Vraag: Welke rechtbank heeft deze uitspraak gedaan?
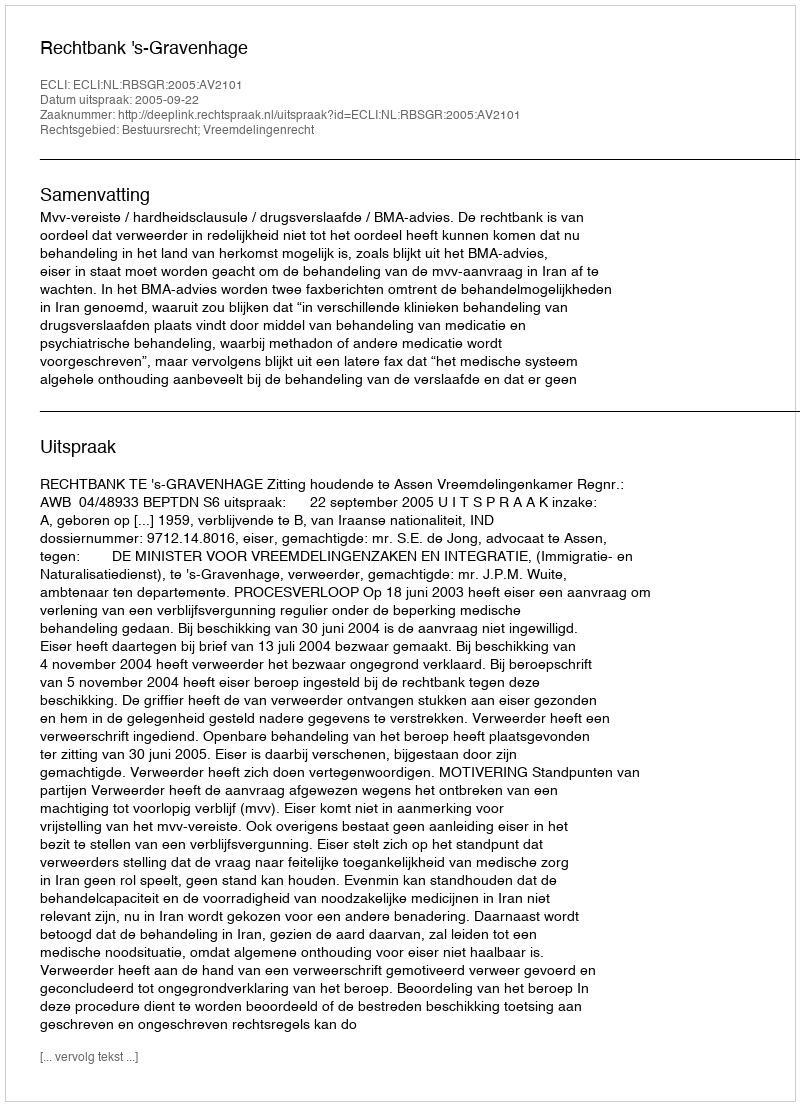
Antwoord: Rechtbank 's-Gravenhage